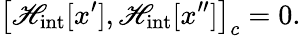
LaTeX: \left[{{\cal\mathscr{H}}_{\mathrm{{int}}}[x^{\prime}],{\cal\mathscr{H}}_{\mathrm{{int}}}[x^{\prime\prime}]}\right]_{c}=0.